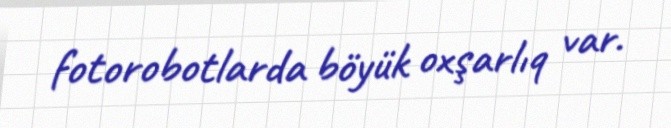
fotorobotlarda böyük oxşarlıq var.